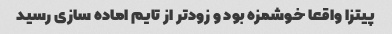
پیتزا واقعا خوشمزه بود و زود‌تر از تایم اماده سازی رسید